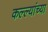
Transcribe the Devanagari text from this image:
कल्ल्यांच्या